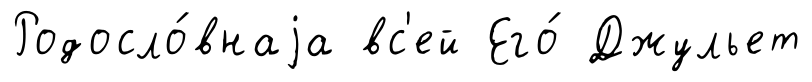
Родосло́внаjа вс'ей Его́ Джульет